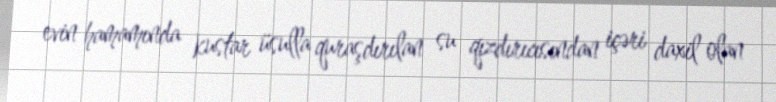
evin hamamında kustar üsulla quraşdırılan su qızdırıcısından içəri daxil olan